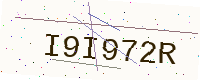
Text: I9I972R